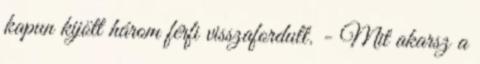
kapun kijött három férfi visszafordult. - Mit akarsz a